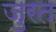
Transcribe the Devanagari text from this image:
जुरत